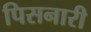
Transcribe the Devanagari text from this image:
पिसनारी